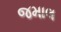
જમાલ